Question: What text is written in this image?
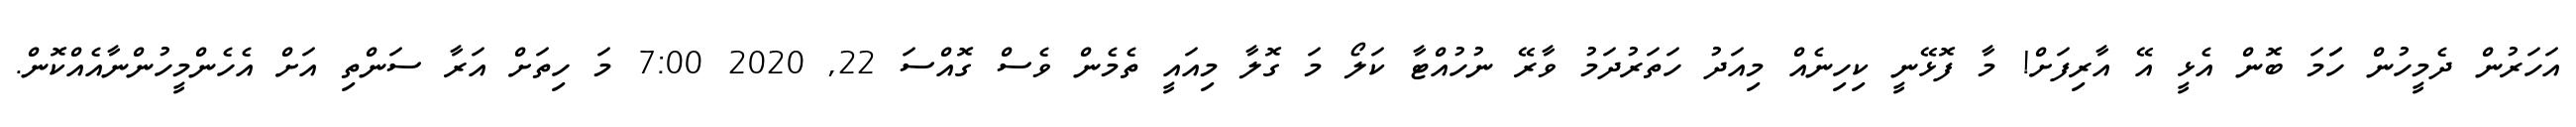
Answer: އަހަރުން ދެމީހުން ހަަމަ ބޮން އެޅީ އޭ އާރިފަށް! މާ ފޮޅޭނީ ކިހިނެއް މިއަދު ހަތަރުދަމު ވާރޭ ނުހުއްޓާ ކަލޯ މަ ގޮލާ މިއައީ ތެމެން ވެސް ގޮއްސަ 22, 2020 7:00 މަ ހިތަށް އަރާ ސަންތި އަށް އެހެންމީހުންނާއެއްކޮން.